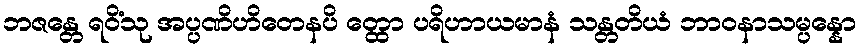
ဘဇန္တေ ရဝိံသု အပ္ပဏိဟိတေနပိ တ္ထော ပရိဟာယမာနံ သန္တတိယံ ဘာဝနာသမ္ပန္နော